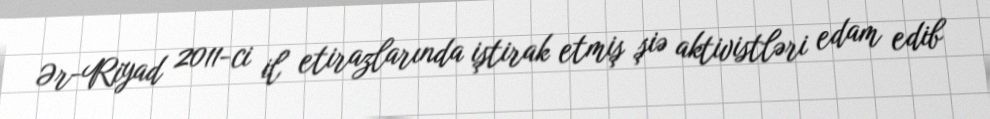
Ər-Riyad 2011-ci il etirazlarında iştirak etmiş şiə aktivistləri edam edib